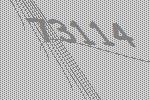
73114